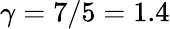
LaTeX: \gamma=7/5=1.4